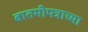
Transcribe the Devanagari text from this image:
बातमीपत्राच्या